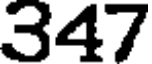
347